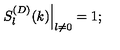
\left. S _ { l } ^ { ( D ) } ( k ) \right| _ { l \neq 0 } = 1 ;